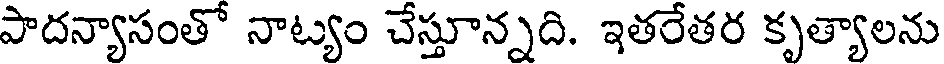
పాదన్యాసంతో నాట్యం చేస్తూన్నది. ఇతరేతర కృత్యాలను